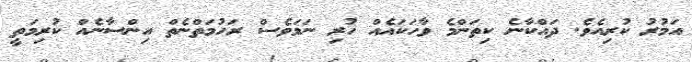
އަމުރު ކުރިއެވެ. ދައްކާނެ ކިތަންމެ ވާހަކައެއް ހުރި ނަމަވެސް ރަހުމަތްނެތް އިންސާނެއް ކުރިމަތީ